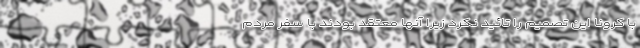
با کرونا این تصمیم را تائید نکرد زیرا آنها معتقد بودند با سفر مردم